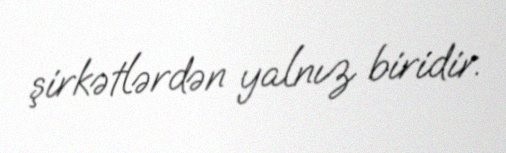
şirkətlərdən yalnız biridir.